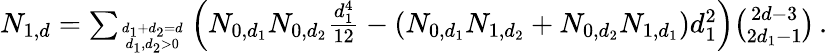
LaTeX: \begin{array}{r}{N_{1,d}=\sum_{d_{1}+d_{2}=d\atop d_{1},d_{2}>0}\left(N_{0,d_{1}}N_{0,d_{2}}\frac{d_{1}^{4}}{12}-(N_{0,d_{1}}N_{1,d_{2}}+N_{0,d_{2}}N_{1,d_{1}})d_{1}^{2}\right){\binom{2d-3}{2d_{1}-1}}\, .}\end{array}